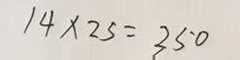
1 4 \times 2 5 = 3 5 0